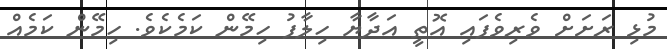
މުޅި ރަށަށް ވެރިވެފައި އޮތީ އަދާޔާ ހިލާފު ހިމޭން ކަމެކެވެ. ހިމޭން ކަމެއް